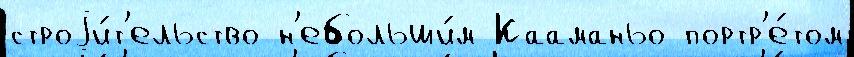
строjи́т'ельство н'ебольши́м Кааманьо портр'е́том